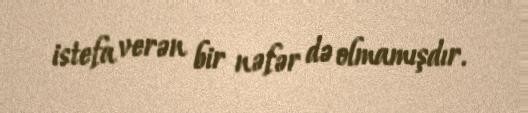
istefa verən bir nəfər də olmamışdır.